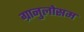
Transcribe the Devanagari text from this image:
ग्रानुलोसम